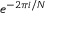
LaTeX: e ^ { - 2 \pi i / N }